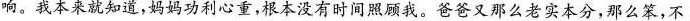
响。我本来就知道，妈妈功利心重，根本没有时间照顾我。爸爸又那么老实本分，那么笨，不